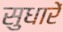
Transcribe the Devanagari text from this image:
सुधारें